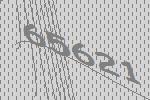
65621